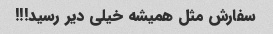
سفارش مثل همیشه خیلی دیر رسید!!!